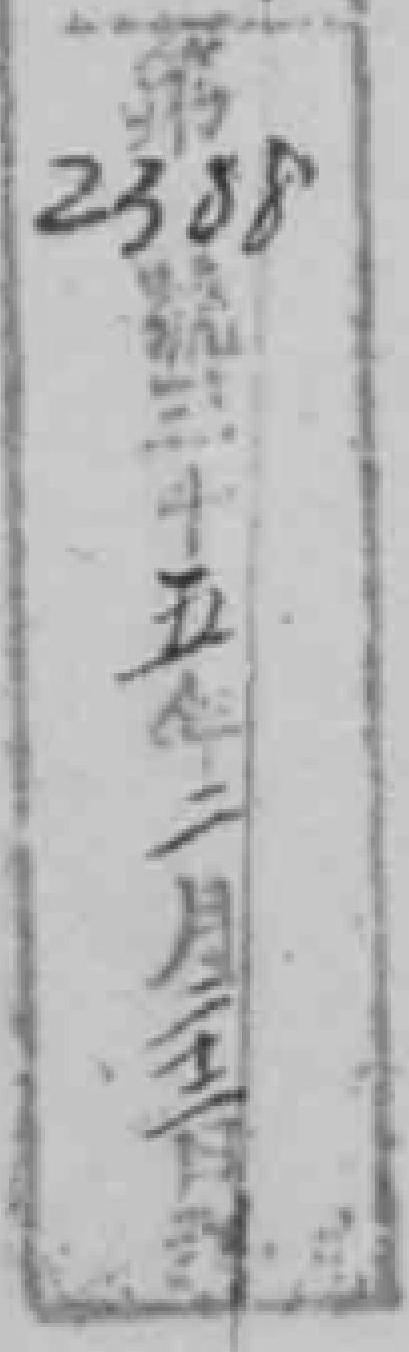
第2388號三十五年二月二十二日*